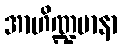
အာဟိဏ္ဍမာနာ